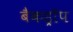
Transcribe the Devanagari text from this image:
बैकड्राॅप